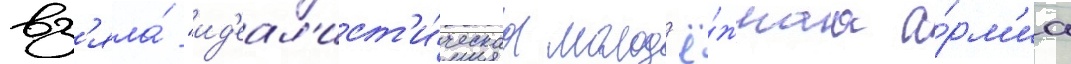
вз'яла́ "ид'еал'ист'и́ческаа молод'ё́жнаа а́рм'иа